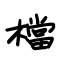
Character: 檔